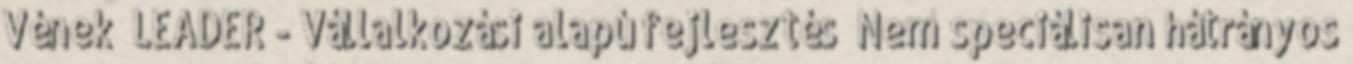
Vének ▪LEADER - Vállalkozási alapú fejlesztés ▪Nem speciálisan hátrányos